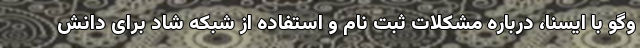
وگو با ایسنا، درباره مشکلات ثبت نام و استفاده از شبکه شاد برای دانش